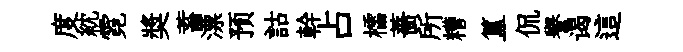
度紞霓奬蓄漂预詁幹占櫺薔所糟簋侃譽谒這